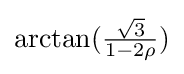
\arctan({\tfrac {\sqrt {3}}{1-2\rho }})